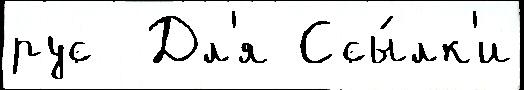
рус  Дл'я Ссы́лк'и